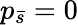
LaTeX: p_{\bar{s}}=0